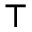
\top